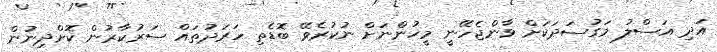
އަދި އަސްލު މަގުސަދަކަށް ވާންޖެހޭނީ މީހުންނަށް ނުކުރެވޭ ބޮޑެތި ހަރަދުތައް ސަރުކާރުން ކޮށްދިނުން